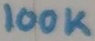
Text: 100K